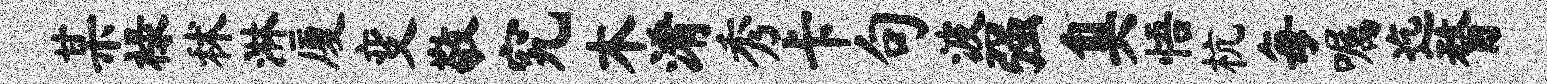
某禄秫淋厦变敬究木淆秀卡句波强臭悟杭每嘱迄瞀